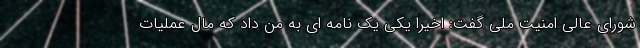
شورای عالی امنیت ملی گفت: اخیرا یکی یک نامه ای به من داد که مال عملیات